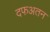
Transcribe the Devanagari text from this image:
दफअतन